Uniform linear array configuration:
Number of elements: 16
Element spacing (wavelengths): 0.5
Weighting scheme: kaiser
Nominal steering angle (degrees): -30
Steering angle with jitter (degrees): -28.673
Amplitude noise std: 0.05
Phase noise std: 0.05

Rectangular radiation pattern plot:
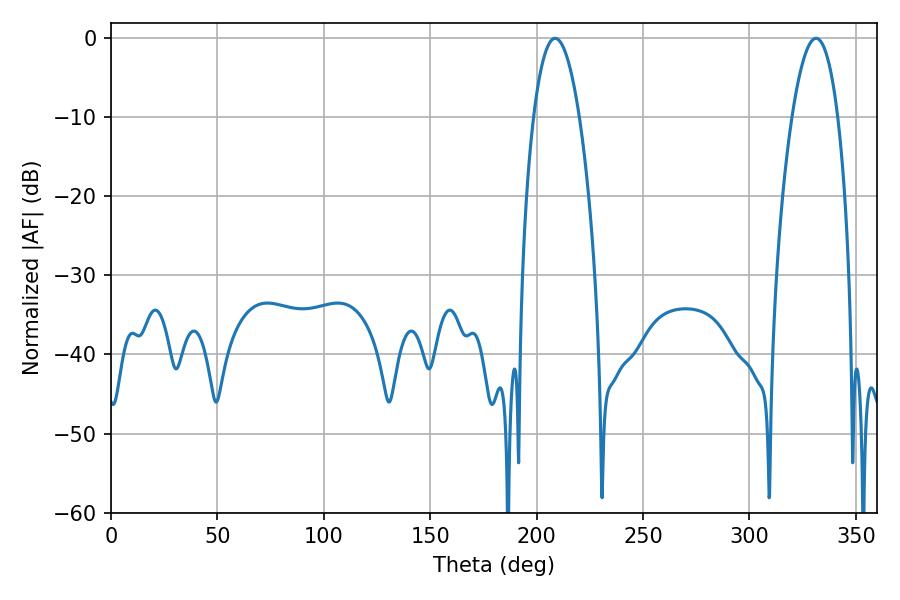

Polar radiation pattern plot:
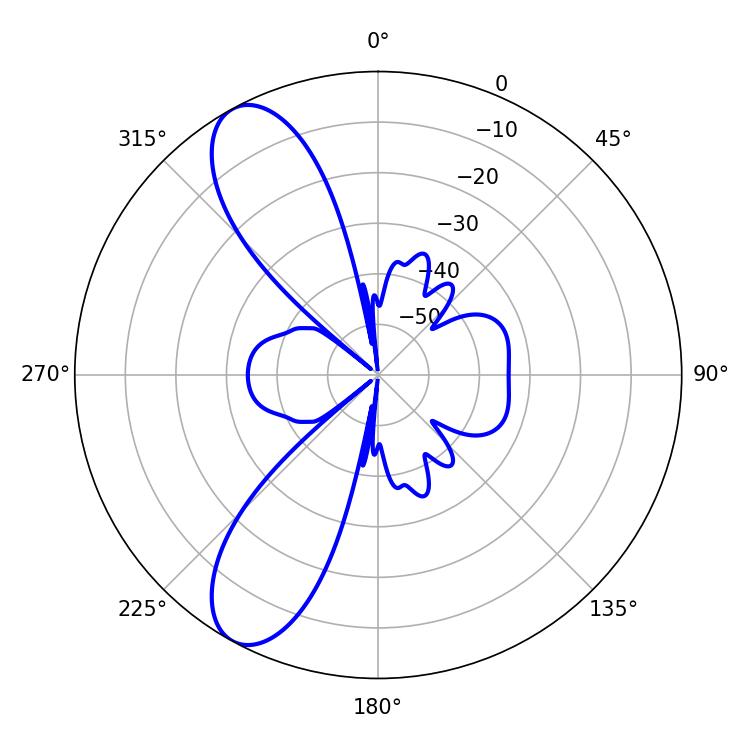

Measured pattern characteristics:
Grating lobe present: FALSE
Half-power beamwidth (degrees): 12.06
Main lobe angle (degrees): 331.38